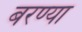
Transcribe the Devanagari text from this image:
बरण्या